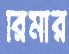
রিমার